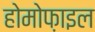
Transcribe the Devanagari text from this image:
होमोफ़ाइल